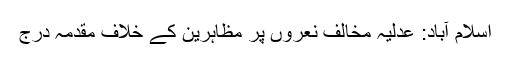
اسلام آباد: عدلیہ مخالف نعروں پر مظاہرین کے خلاف مقدمہ درج